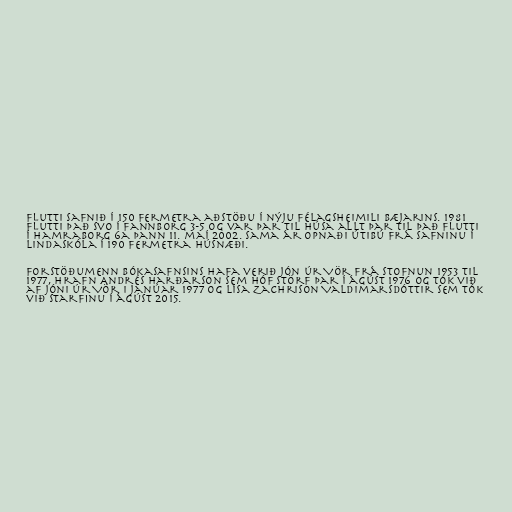
flutti safnið í 150 fermetra aðstöðu í nýju félagsheimili bæjarins. 1981
flutti það svo í Fannborg 3-5 og var þar til húsa allt þar til það flutti
í Hamraborg 6a þann 11. maí 2002. Sama ár opnaði útibú frá safninu í
Lindaskóla í 190 fermetra húsnæði.

Forstöðumenn bókasafnsins hafa verið Jón úr Vör frá stofnun 1953 til
1977, Hrafn Andrés Harðarson sem hóf störf þar í ágúst 1976 og tók við
af Jóni úr Vör i janúar 1977 og Lísa Zachrison Valdimarsdóttir sem tók
við starfinu í ágúst 2015.